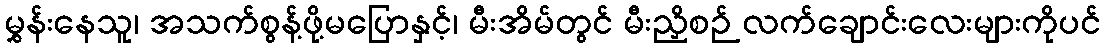
မွှန်းနေသူ၊ အသက်စွန့်ဖို့မပြောနှင့်၊ မီးအိမ်တွင် မီးညှိစဉ် လက်ချောင်းလေးများကိုပင်